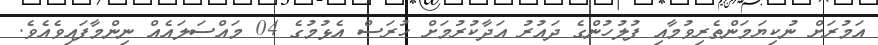
އަމުރަށް ނުކިޔަމަންތެރިވުމާއި ފުލުހުންގެ ދައުރު އަދާކުރުމަށް ހުރަސް އެޅުމުގެ 04 މައްސަލައެއް ނިންމާފައިވެއެވެ.